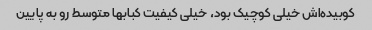
کوبیده‌اش خیلی کوچیک بود، خیلی کیفیت کبابها متوسط رو به پایین